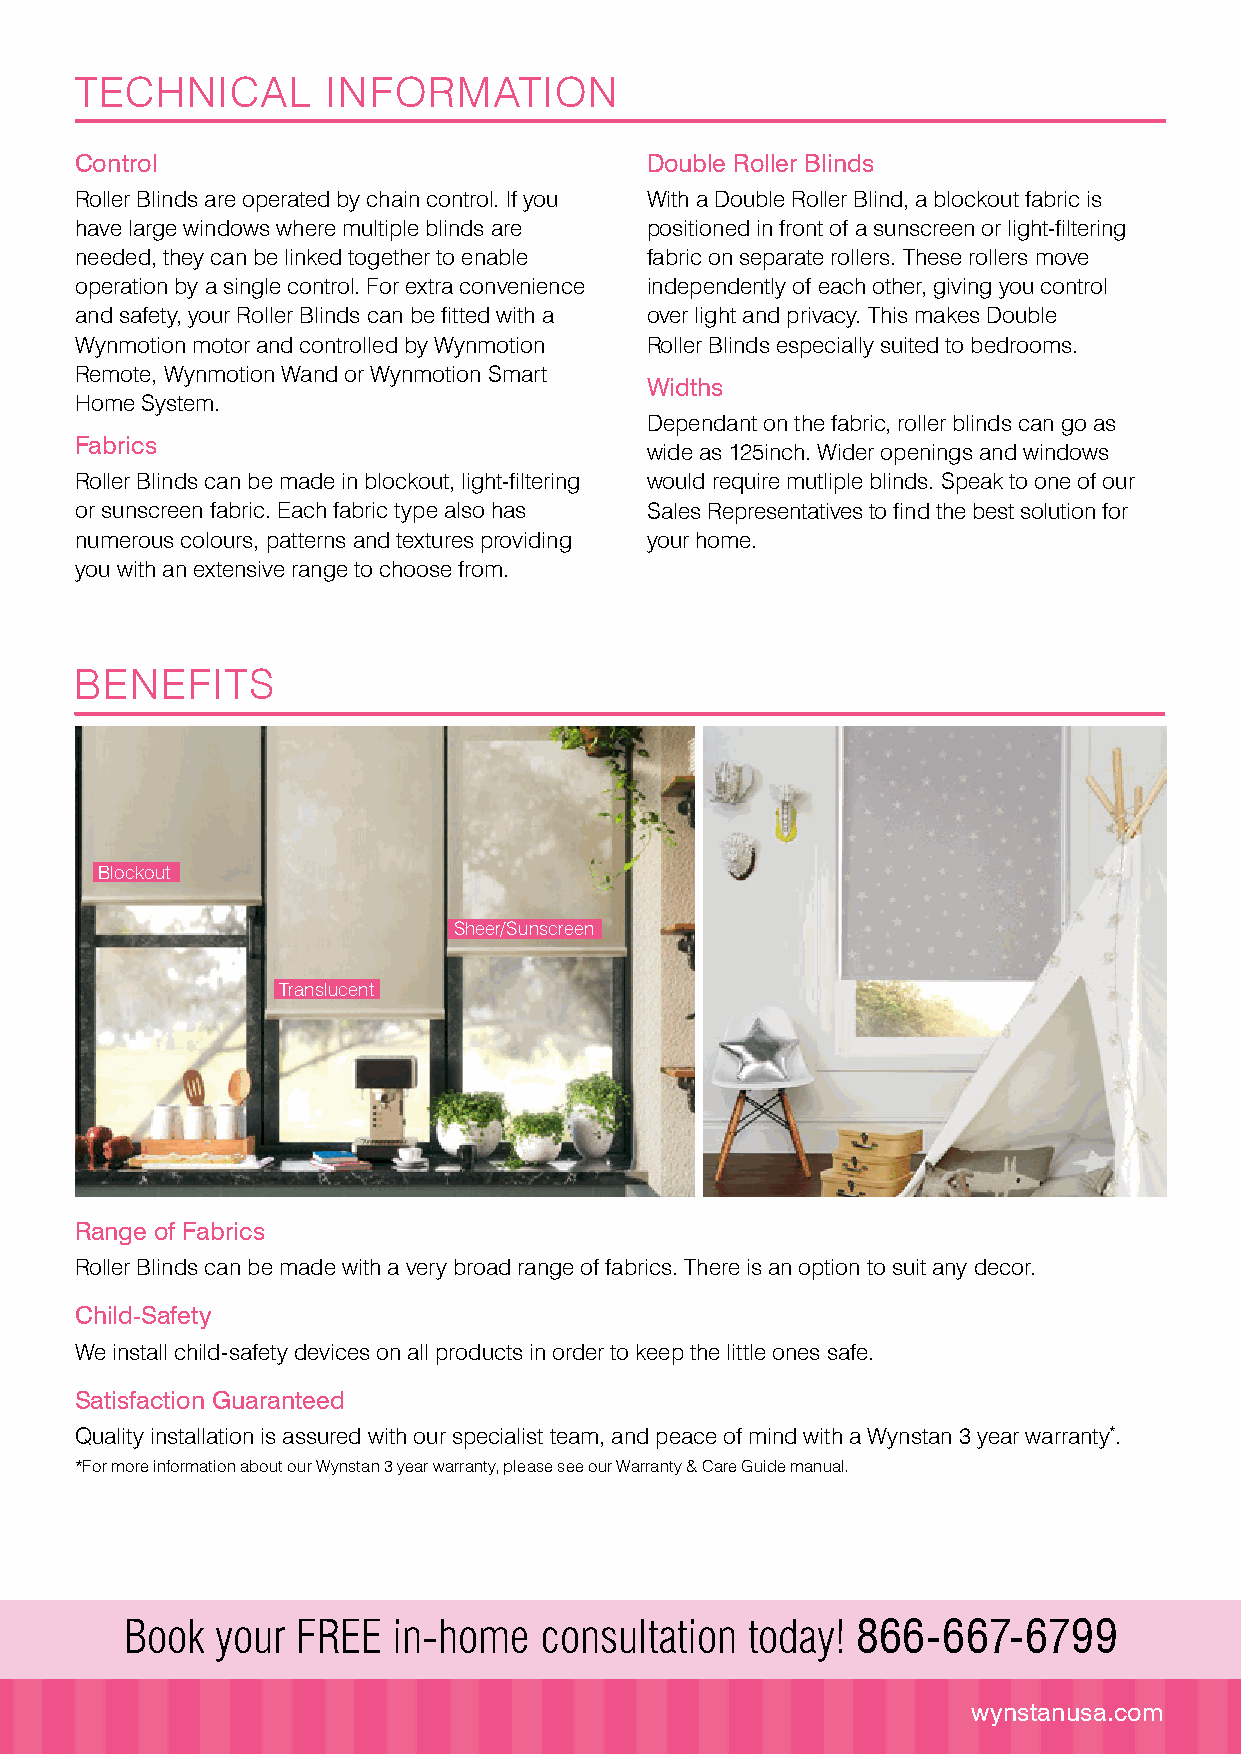
TECHNICAL        INFORMATION
 Control                               Double Roller Blinds
 Roller Blinds are operated by chain control. If you With a Double Roller Blind, a blockout fabric is
 have large windows where multiple blinds are positioned in front of a sunscreen or light-filtering
 needed, they can be linked together to enable fabric on separate rollers. These rollers move
 operation by a single control. For extra convenience independently of each other, giving you control
 and safety, your Roller Blinds can be fitted with a over light and privacy. This makes Double
 Wynmotion motor and controlled by Wynmotion Roller Blinds especially suited to bedrooms.
 Remote, Wynmotion Wand or Wynmotion Smart
 Widths
 Home System.
 Dependant on the fabric, roller blinds can go as
 Fabrics
 wide as 125inch. Wider openings and windows
 Roller Blinds can be made in blockout, light-filtering would require mutliple blinds. Speak to one of our
 or sunscreen fabric. Each fabric type also has Sales Representatives to find the best solution for
 numerous colours, patterns and textures providing your home.
 you with an extensive range to choose from.
 BENEFITS
 Blockout
 Sheer/Sunscreen
 Translucent
 Range of Fabrics
 Roller Blinds can be made with a very broad range of fabrics. There is an option to suit any decor.
 Child-Safety
 We install child-safety devices on all products in order to keep the little ones safe.
 Satisfaction Guaranteed
 Quality installation is assured with our specialist team, and peace of mind with a Wynstan 3 year warranty*.
 *For more information about our Wynstan 3 year warranty, please see our Warranty & Care Guide manual.
 Book  your  FREE  in-home   consultation  today! 866-667-6799
 wynstanusa.com